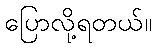
ပြောလို့ရတယ်။